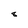
Character: 8